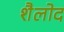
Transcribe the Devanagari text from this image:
शैलोद